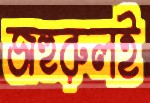
জহুরুলই